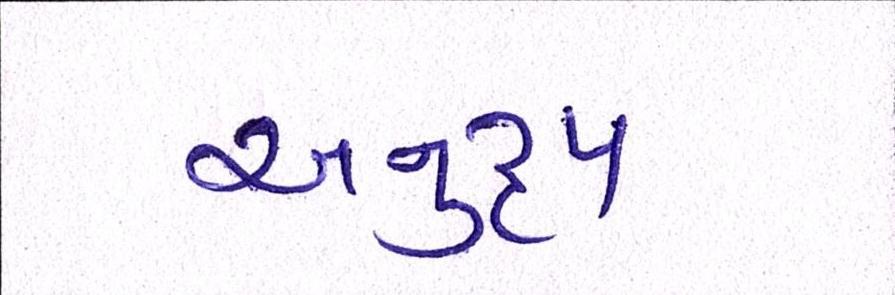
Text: અનુરૃપ